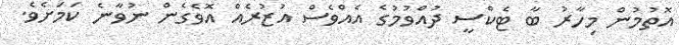
އޮތުމުން މިހާރު ބާ ޓެކްސީ ދުއްވުމުގެ އެއްވެސް އުޒުރެއް އޮވެގެން ނުވާނެ ކަމަށެވެ.